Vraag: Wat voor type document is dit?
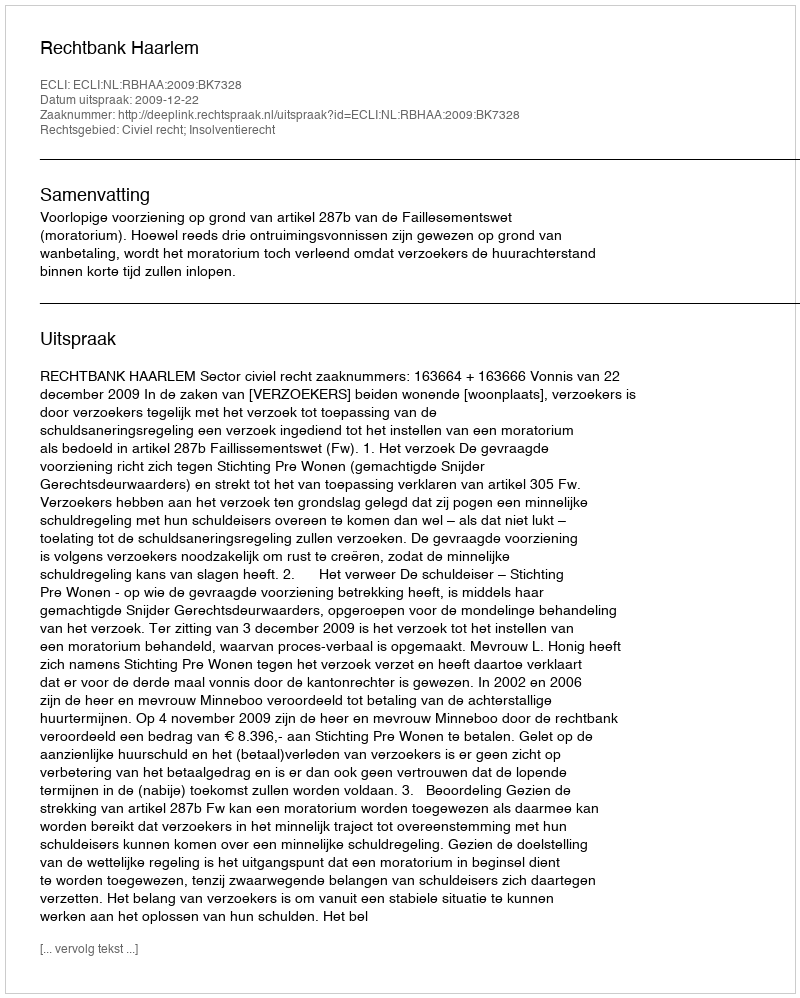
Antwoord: Uitspraak